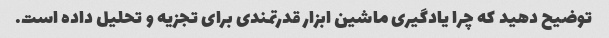
توضیح دهید که چرا یادگیری ماشین ابزار قدرتمندی برای تجزیه و تحلیل داده است.